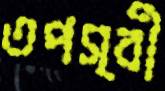
তপস্বী